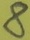
Text: 8